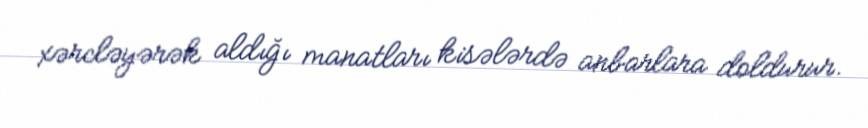
xərcləyərək aldığı manatları kisələrdə anbarlara doldurur.